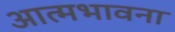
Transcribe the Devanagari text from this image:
आत्मभावना